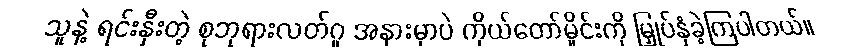
သူနဲ့ ရင်းနှီးတဲ့ စုဘုရားလတ်ဂူ အနားမှာပဲ ကိုယ်တော်မှိုင်းကို မြှုပ်နှံခဲ့ကြပါတယ်။